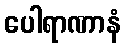
ပေါရာဏာနံ